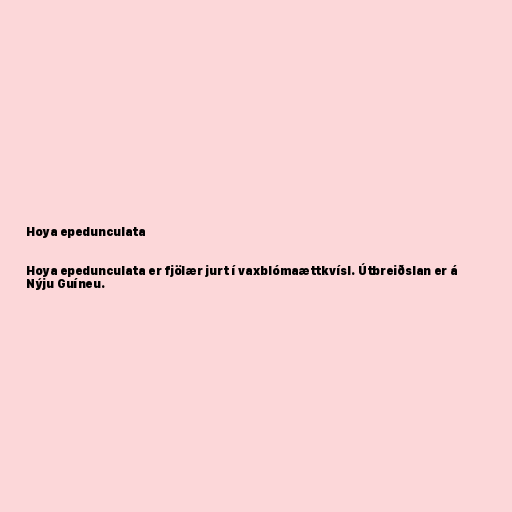
Hoya epedunculata

Hoya epedunculata er fjölær jurt í vaxblómaættkvísl. Útbreiðslan er á
Nýju Guíneu.